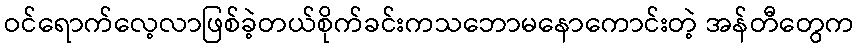
ဝင်ရောက်လေ့လာဖြစ်ခဲ့တယ်စိုက်ခင်းကသဘောမနောကောင်းတဲ့ အန်တီတွေက